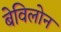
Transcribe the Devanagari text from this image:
बेविलोन